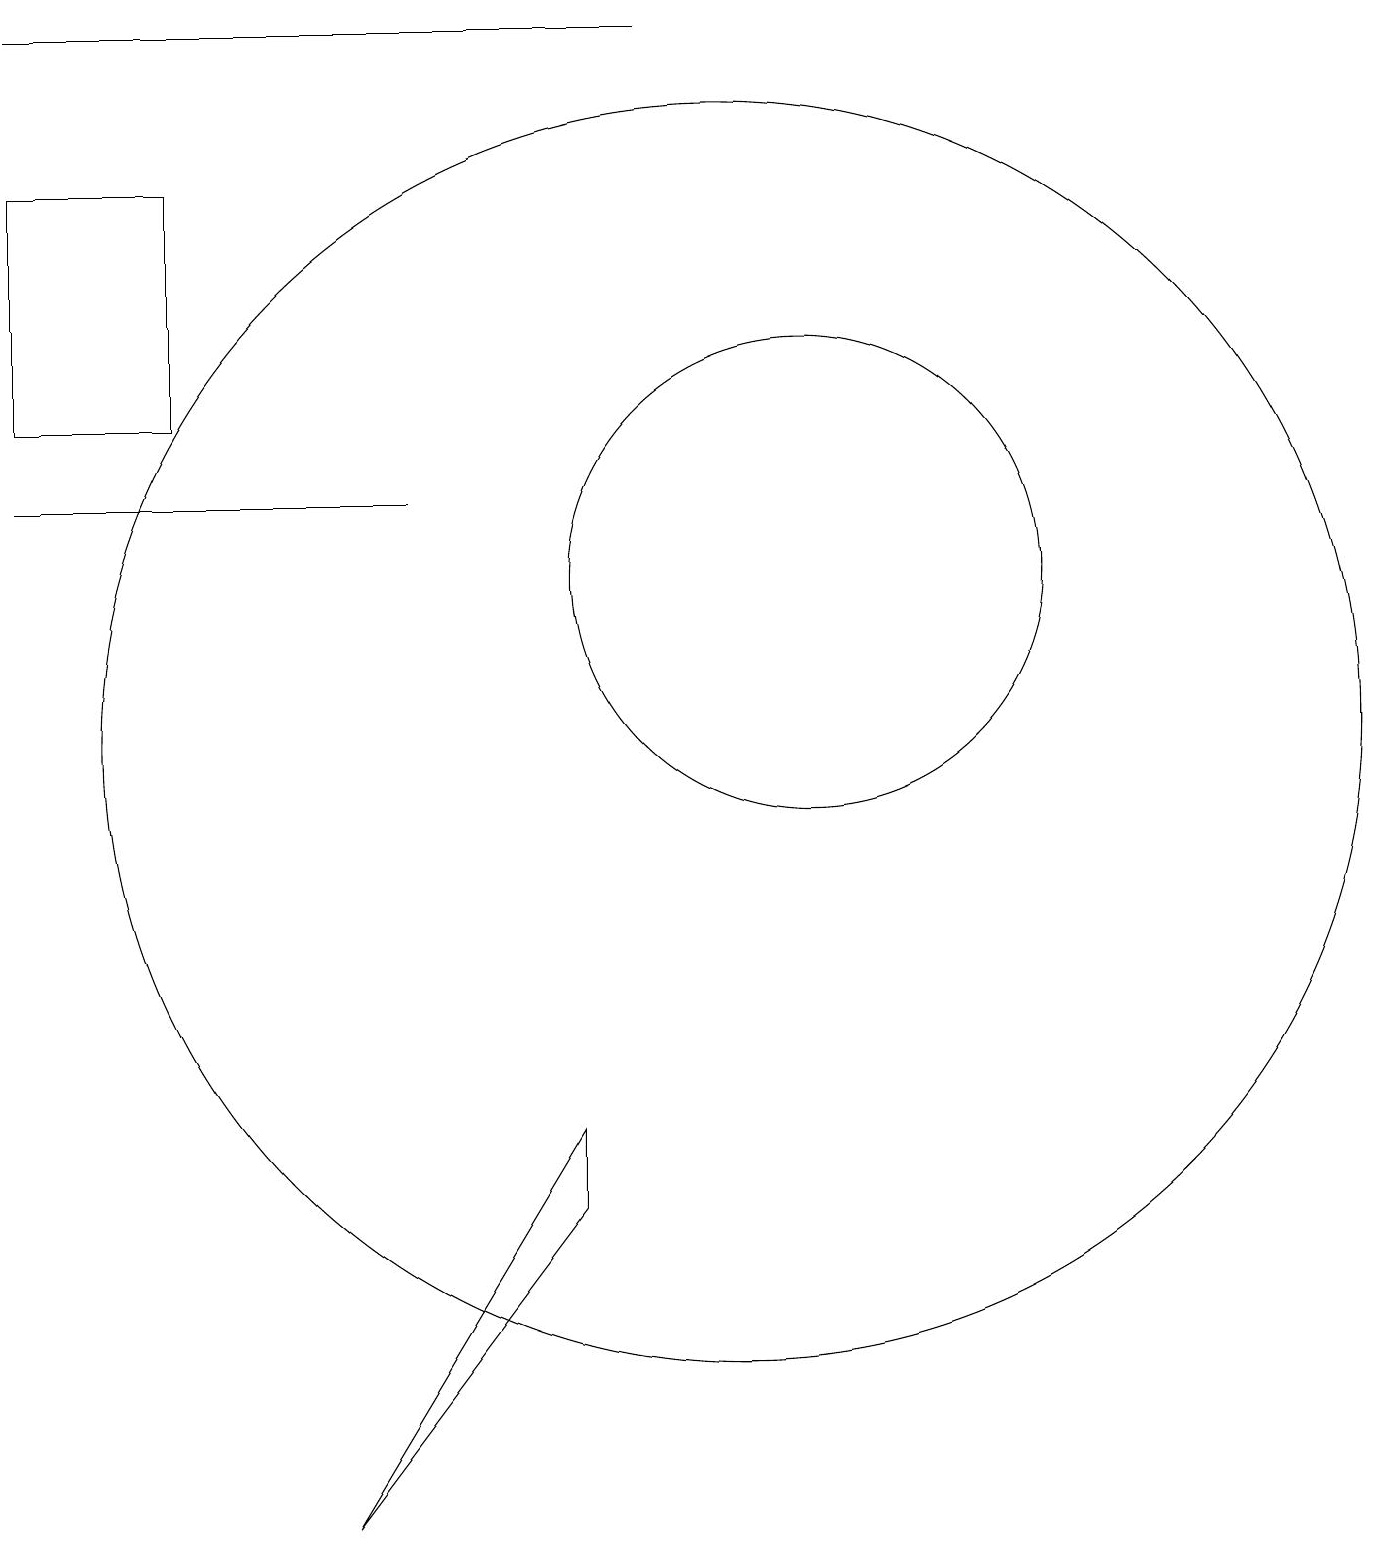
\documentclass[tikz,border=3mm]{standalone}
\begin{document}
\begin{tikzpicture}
\draw (8,4) -- (5,0) -- (8,5) -- cycle;
\draw (1,13) rectangle (6,13);
\draw (3,17) rectangle (1,14);
\draw (9,19) rectangle (1,19);
\draw (11,12) circle (3);
\draw (10,10) circle (8);
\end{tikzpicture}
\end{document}